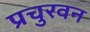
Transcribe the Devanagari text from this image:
प्रचुरवन